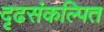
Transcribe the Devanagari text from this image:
दृढसंकल्पित